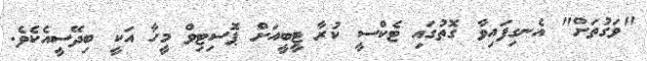
"ވަގުތަށް" އެނގިފައިވާ ގޮތުގައި ޓެކްސީ ކުރާ ޓީބީއަށް ޕޮސިޓިވް މީހާ އަކީ ބިދޭސީއެކެވެ.